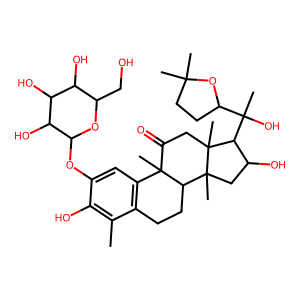
SMILES: Cc1c(O)c(OC2OC(CO)C(O)C(O)C2O)cc2c1CCC1C2(C)C(=O)CC2(C)C(C(C)(O)C3CCC(C)(C)O3)C(O)CC12C
Inhibits HIV replication: No